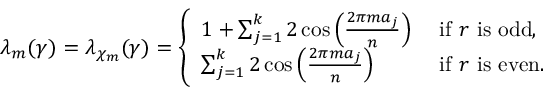
\lambda _ { m } ( \gamma ) = \lambda _ { \chi _ { m } } ( \gamma ) = \left\{ \begin{array} { l l } { 1 + \sum _ { j = 1 } ^ { k } 2 \cos \left( \frac { 2 \pi m a _ { j } } { n } \right) } & { \mathrm { ~ i f ~ } r \mathrm { ~ i s ~ o d d , } } \\ { \sum _ { j = 1 } ^ { k } 2 \cos \left( \frac { 2 \pi m a _ { j } } { n } \right) } & { \mathrm { ~ i f ~ } r \mathrm { ~ i s ~ e v e n . } } \end{array} \right.